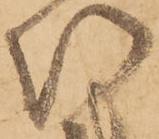
次